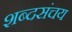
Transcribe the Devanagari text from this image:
शब्दसंचय